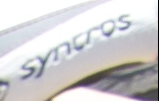
syncros